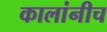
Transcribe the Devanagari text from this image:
कालांनीच